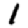
Digit: 1